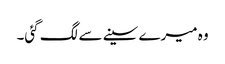
وہ میرے سینے سے لگ گئی۔